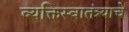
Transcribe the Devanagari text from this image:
व्यक्तिस्वातंत्र्याचे